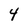
Character: 4